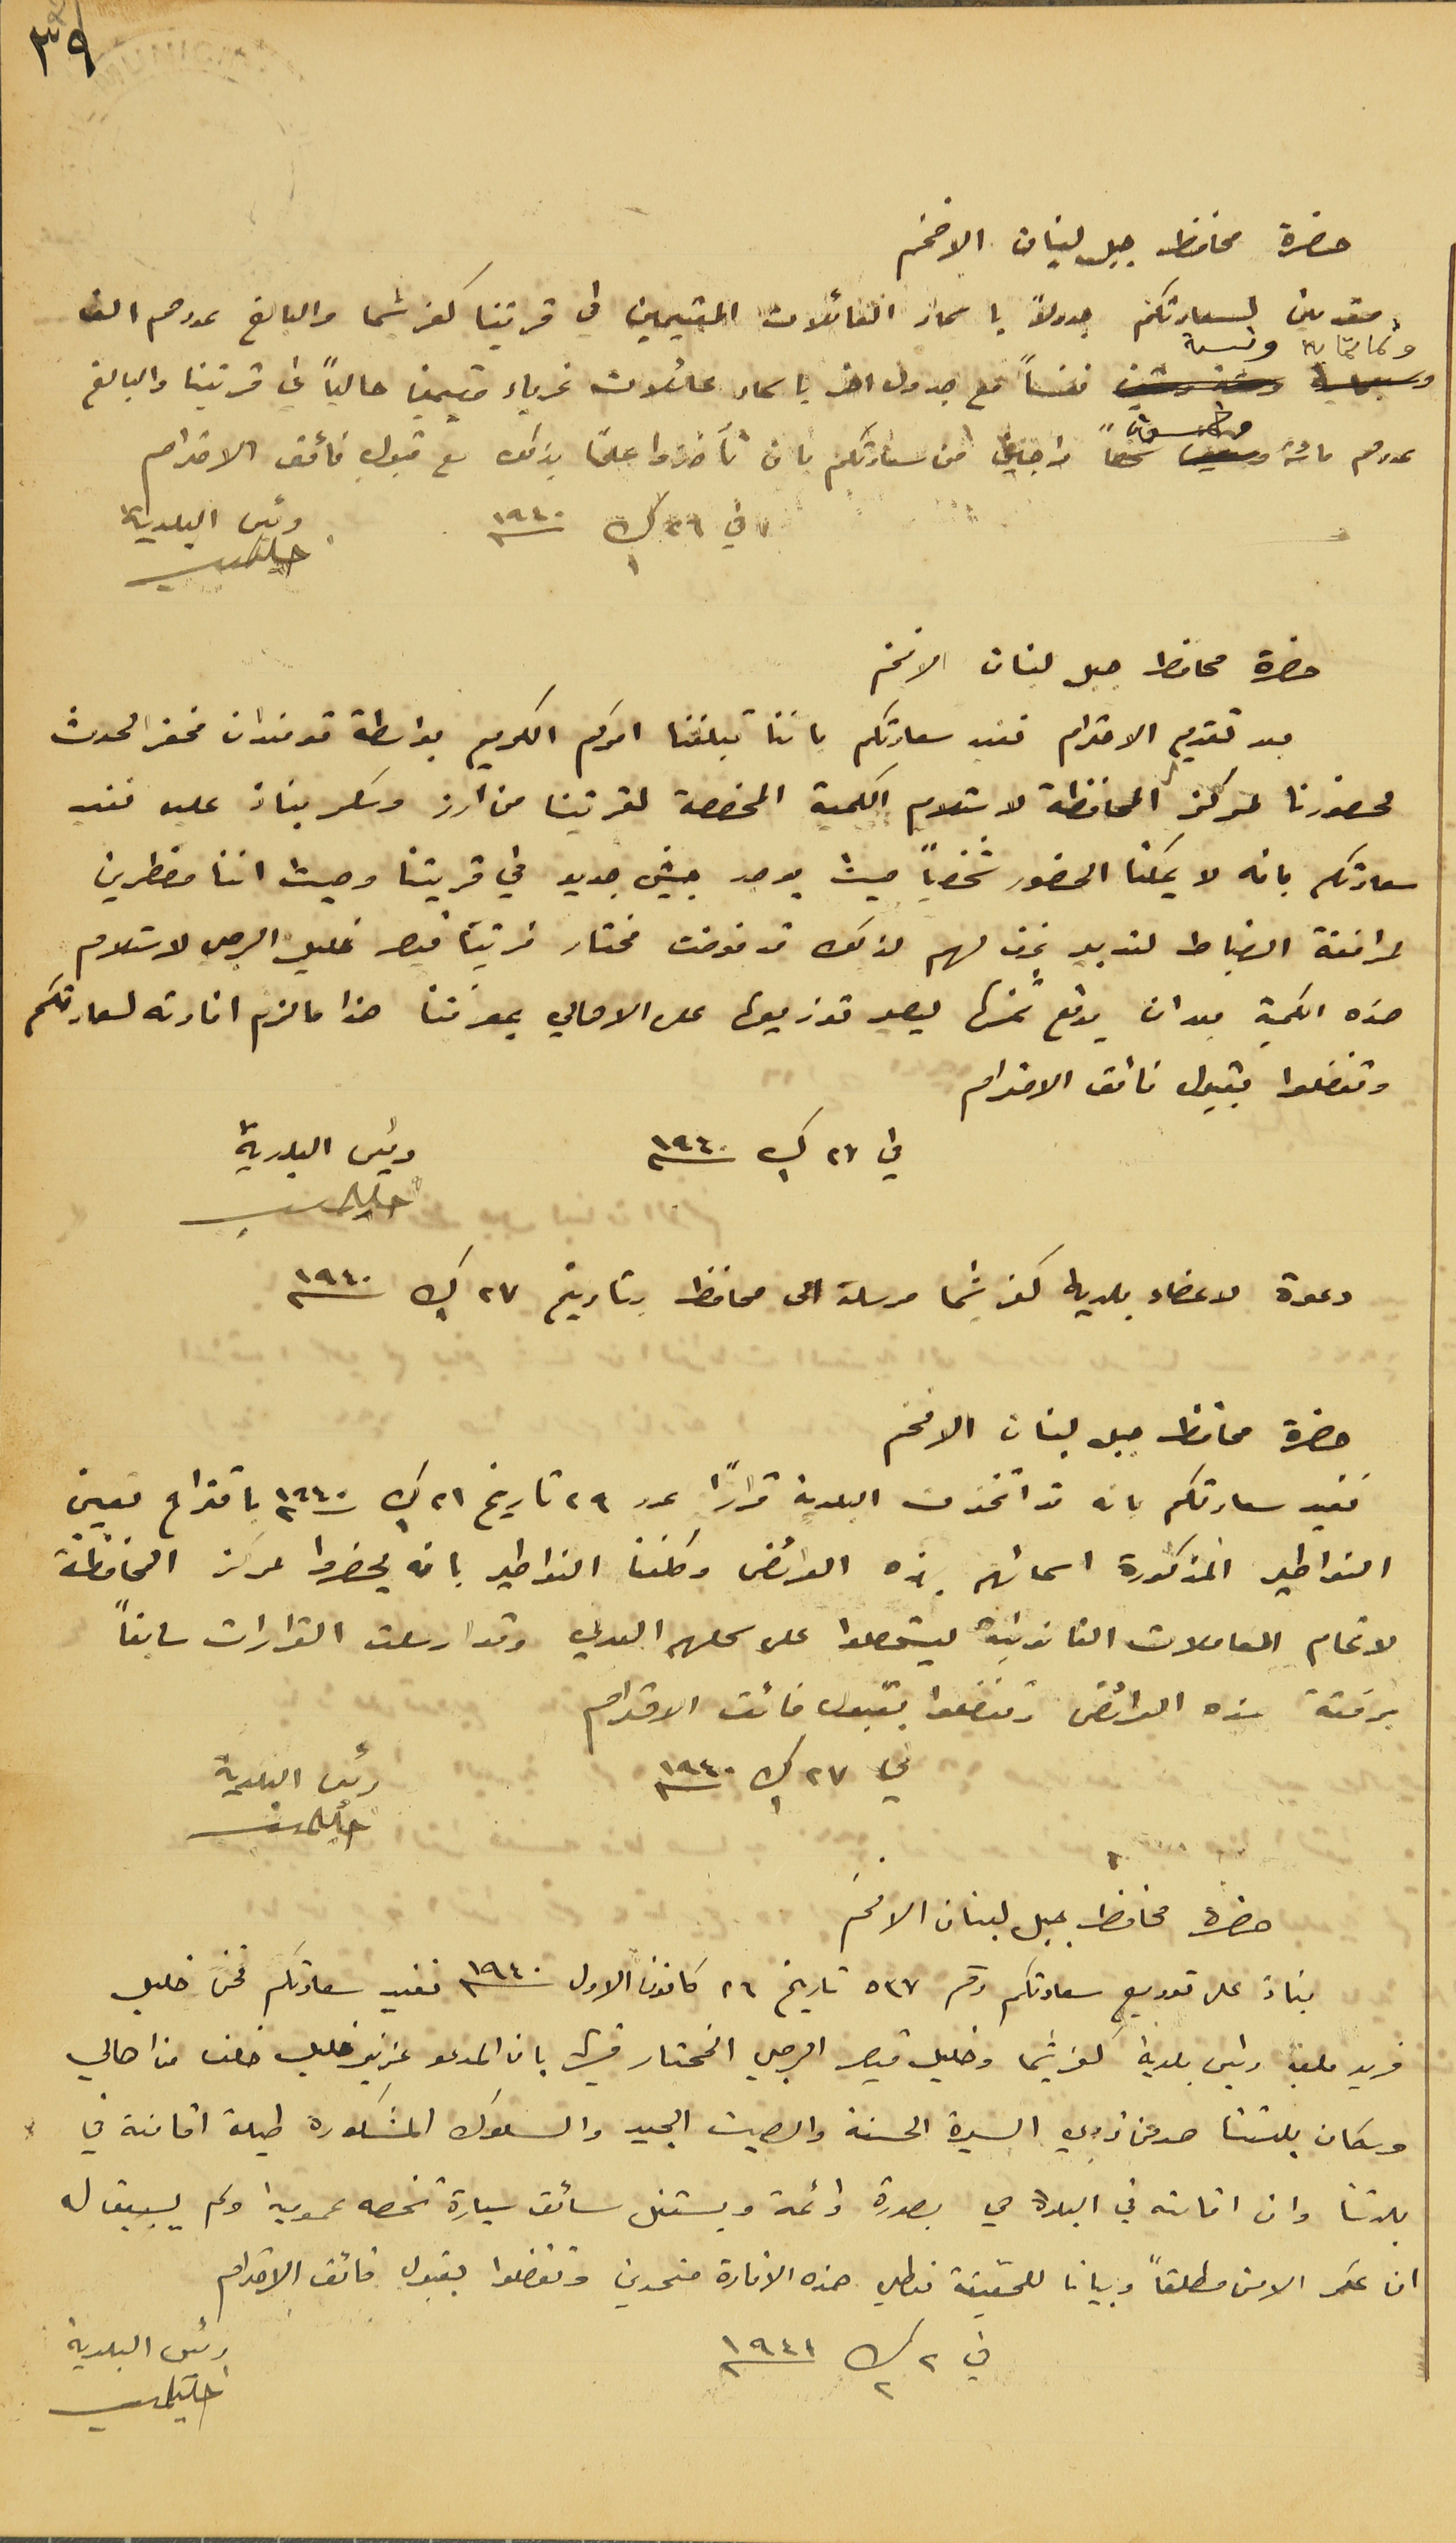
حضرة محافظ جبل لبنان الافخم
وثمانماية وسة نفساً مع جدول اخر باسماء عائلات غرباء مقيمين حالياً في قريتنا والبالغ
عددهم مائة وخمسون شخصاً راجين من سعادتكم بان تآخذوا علمًا بذلك مع قبول فائق الاحترام
في  ٢٦ ك ١ سنه ١٩٤٠
حضرة محافظ جبل لبنان الافخم
 بعد تقديم الاحترام نفيد سعادتكم باننا تبلغنا امركم الكريم بواسطة قومندان مخفر الحدث
لحضورنا لمركز المحافظة لاستلام الكمية المخصصة لقريتنا من ارز وسكر بناءً عليه نفيد
سعادتكم بانه لا يمكنا الحضور شخصياً حيث يوجد جيش جديد في قريتنا وحيث اننا مضطرين
لمرافقة الضباط لتدبير غرف لهم لذلك قد فوضت مختار قريتنا قيصر خليل الرجي لاستلام
هذه الكمية بعد ان يدفع ثمنها ليصير توزيعها على الاهالي بمعرفتنا هذا ما لزم افادته لسعادتكم
وتفضلوا بقبول فائق الاحترام
 دعوة لاعضاء بلديه كفرشيما مرسلة الى محافظ بتاريخ ٢٧ ك١  سنه ١٩٤٠
حضرة محافظ جبل لبنان الافخم
نفيد سعادتكم بانه قد اتخذت البلدية قرارًا عدد ٢٩ تاريخ ٢١ ك١ سنه ١٩٤٠ باقتراح تعيين
النواطير المذكورة اسمائهم بهذه العرائض وكلفنا النواطير بان يحضروا لمركز المحافظة
لاتمام المعاملات القانونية ليستحصلوا على سحلهم العدلي وقد ارسلت القرارات سابقاً
برفقه هذه العرائض وتفضلوا بقبول فائق الاحترام
في ٢٧ ك١ سنه ١٩٤٠
حضرة محافظ جبل لبنان الافخم
بناءً على توريع سعادتكم رقم ٥٣٧ تاريخ ٢٦ كانون الاول سنه ١٩٤٠ نفيد سعادتكم نحن خليل
فريد ملعب رئيس بلدية كفرشيما وخليل قيصر الرجي المختار فيها بان المدعو عزيز خليل خلف من اهالي
وسكان بلدتنا هو من ذوي السيرة الحسنة والصيت الجيد والسلوك المشكورة طيلة اقامتة في
بلدتنا وان اقامته في البلدة هي بصورة دائمة ويستغل سائق سيارة تخصه عمومية ولم يسبق له
ان عكر الامن مطلقاً وبيانا للحقيقة فيعطي هذه الافادة متحدين وتفضلوا بقبول فائق الاحترام
٣٩
مقدمين لسيادتكم جدولاً باسماء العائلات المقيمين في قريتنا كفرشيما والبالغ عددهم الف
في ٢٧ ك١ سنه ١٩٤٠
رئيس البلدية
رئيس البلدية
في ٢ ك٢ ١٩٤١
رئيس البلدية
رئيس البلدية